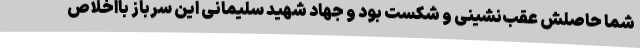
شما حاصلش عقب‌نشینی و شکست بود و جهاد شهید سلیمانی این سرباز بااخلاص